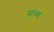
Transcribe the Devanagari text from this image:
संग्य